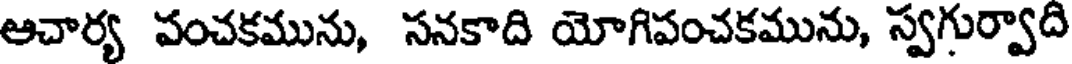
ఆచార్య పంచకమును, సనకాది యోగిపంచకమును, స్వగుర్వాది